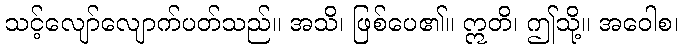
သင့်လျော်လျောက်ပတ်သည်။ အသိ၊ ဖြစ်ပေ၏။ ဣတိ၊ ဤသို့။ အဝေါစ၊